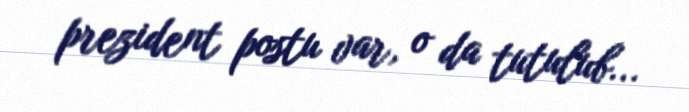
prezident postu var, o da tutulub...